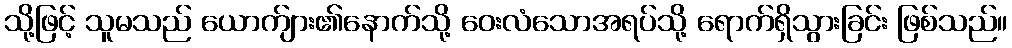
သို့ဖြင့် သူမသည် ယောက်ျား၏နောက်သို့ ဝေးလံသောအရပ်သို့ ရောက်ရှိသွားခြင်း ဖြစ်သည်။